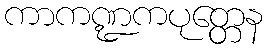
ကာကဏ္ဍကပုတ္တေန